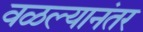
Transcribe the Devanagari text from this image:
वळल्यानंतर